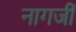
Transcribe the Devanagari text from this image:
नागर्जी